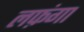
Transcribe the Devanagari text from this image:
लफ़ंगा